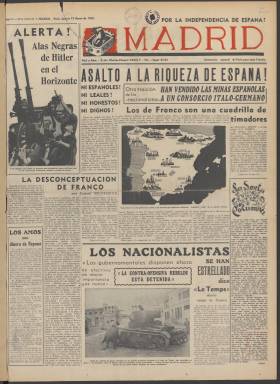
Título: Madrid (Paris)
Colección: Periódicos || Guerra civil
Ámbito geográfico: Francia
Lugar de publicación: Paris
Fechas: 13/01/1938-24/03/1938